Annual report on the mental hospital in the Central Provinces and Berar (Nagpur) - 1927-1951
Year: 1927
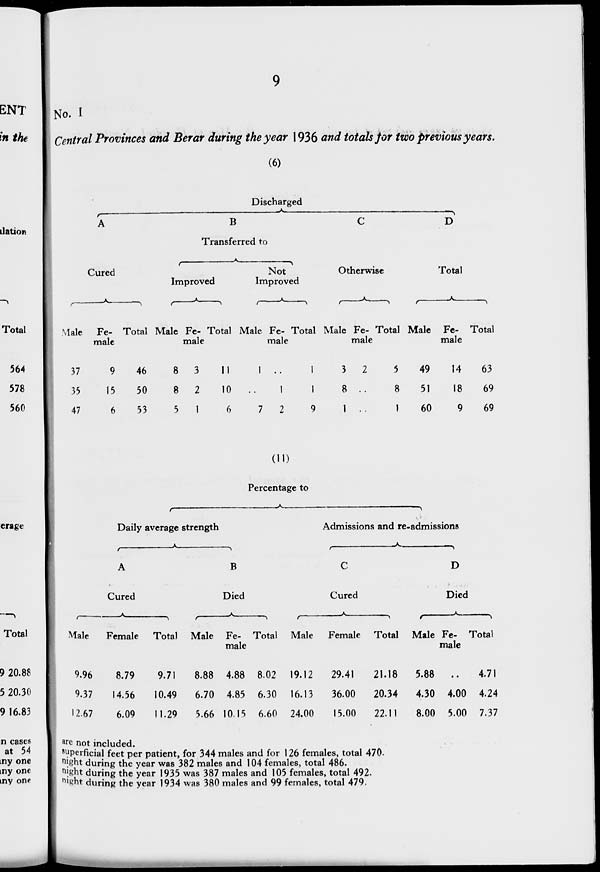
9
No. I
Central Provinces and Berar during the year 1936 and totals for two previous years.
(6)
Discharged
A
Cured
Male
37
35
47
Fe-
male
9
15
6
Total
46
50
53
B
Transferred to
Improved
Male
8
8
5
Fe-
male
3
2
1
Total
11
10
6
Not
Improved
Male
1
..
7
Fe-
male
..
1
2
Total
1
1
9
C
Otherwise
Male
3
8
1
Fe-
male
2
...
...
Total
5
8
1
D
Total
Male
49
51
60
Fe-
male
14
18
9
Total
63
69
69
(11)
Percentage to
Daily average strength
A
Cured
Male
9.96
9.37
12.67
Female
8.79
14.56
6.09
Total
9.71
10.49
11.29
B
Died
Male
8.88
6.70
5.66
Fe-
male
4.88
4.85
10.15
Total
8.02
6.30
6.60
Admissions and re-admissions
C
Cured
Male
19.12
16.13
24.00
Female
29.41
36.00
15.00
Total
21.18
20.34
22.11
D
Died
Male
5.88
4.30
8.00
Fe-
male
..
4.00
5.00
Total
4.71
4.24
7.37
are not included.
superficial feet per patient, for 344 males and for 126 females, total 470.
night during the year was 382 males and 104 females, total 486.
night during the year 1935 was 387 males and 105 females, total 492.
night during the year 1934 was 380 males and 99 females, total 479.